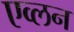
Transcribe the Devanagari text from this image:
एव्लन